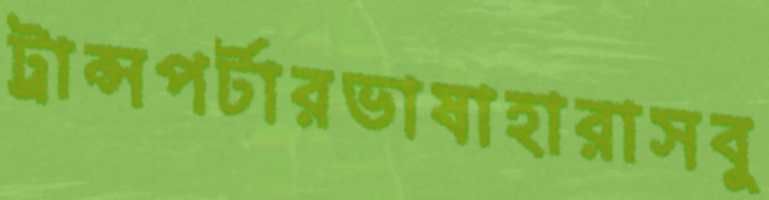
ট্রান্সপর্টারভাষাহারাসবু